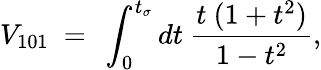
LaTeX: V_{101}~=~\int_{0}^{t_{\sigma}}{dt}~\frac{t~(1+t^{2})}{1-t^{2}},